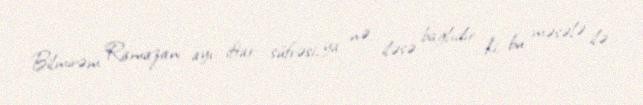
Bilmirəm Ramazan ayı, iftar süfrəsi, ya nə iləsə bağlıdır ki, bu məsələ ilə